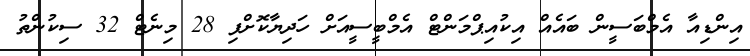
އިންޑިއާ އެމްބަސީން ބައެއް އިކުއިޕްމަންޓް އެމްބީސީއަށް ހަދިޔާކޮށްފި 28 މިނެޓް 32 ސިކުންތު